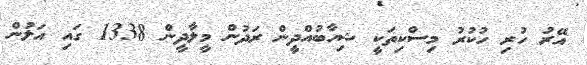
އޭރު ހުރި ހުކުރު މިސްކިތަކީ ޝިހާބުއްދީން ރަދުން މީލާދީން 1338 ގައި އަލުން